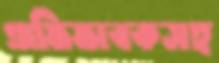
অভিভাবকসহ